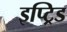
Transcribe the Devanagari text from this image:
इप्ट्रिड